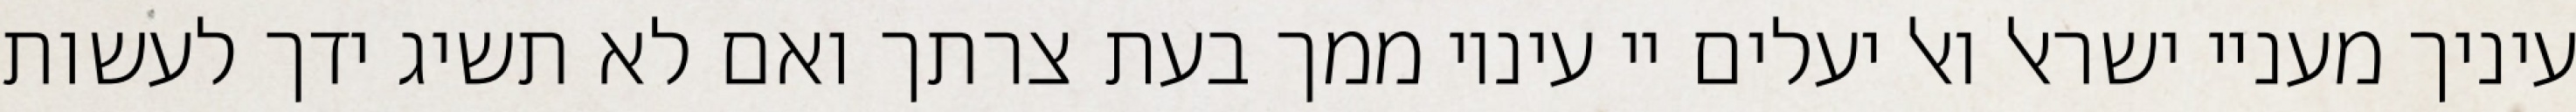
עיניך מעניי ישראל ואל יעלים יי עיניו ממך בעת צרתך ואם לא תשיג ידך לעשות